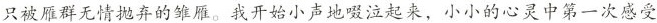
只被雁群无情抛弃的雏雁。我开始小声地啜泣起来，小小的心灵中第一次感受